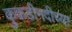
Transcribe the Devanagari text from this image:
कुकडीनदीच्या